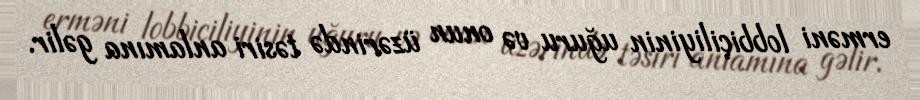
erməni lobbiçiliyinin uğuru və onun üzərində təsiri anlamına gəlir.